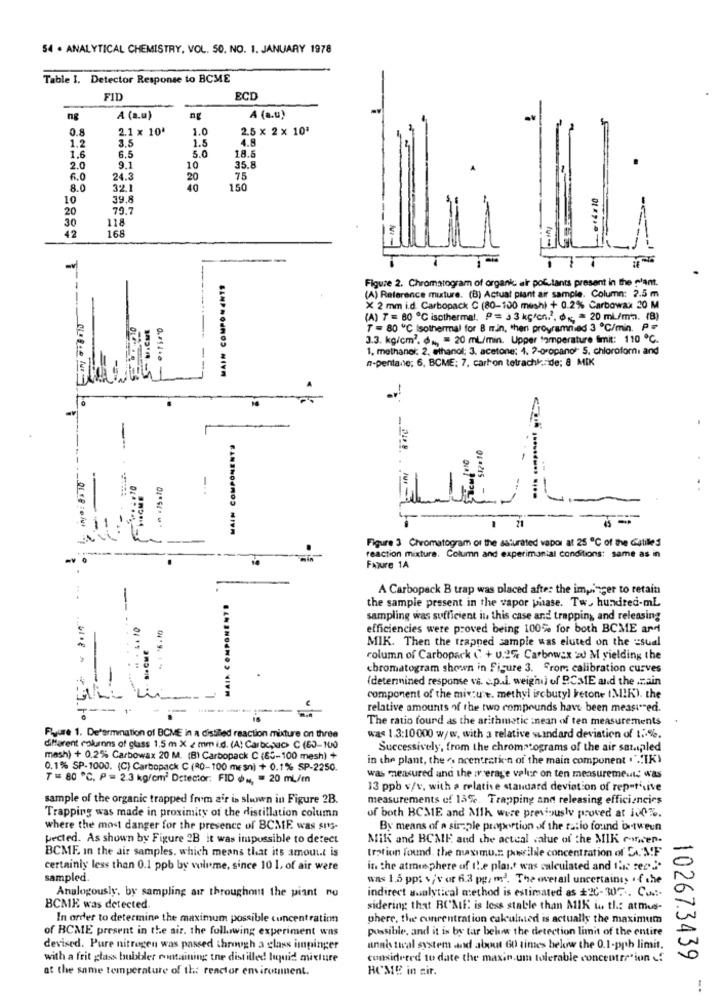
54 . ANALYTICAL CHEMISTRY, VOL. 50. NO. 1. JANUARY 1978
Table I. Detector Response to BCME
FID
ECD
ng
A (a.u)
A (a.u)
0.8
2.1 × 10'
1.0
2.5 x 2 x 10ª
1.2
3.5
1.5
4.8
1.6
5.0
6.5
18.5
2.0
9.1
10
35.8
6.0
24.3
20
75
8.0
32.1
40
150
10
39.8
20
79.7
30
118
42
168
MAIN COMPONENTS
Figure 2. Chromatogram of organic air pollutants present in the plant.
(A) Reference mixture. (B) Actual plant air sample. Column: 2.5 m
X 2 mm i.d. Carbopack C (80-100 mesh) + 0.2% Carbowax 20 M
(A) 7 = 80 ℃ isothermal. P = 3 3 kgfcn.), dx ;, = 20 ml/m'a. (B)
T = 80 ℃ Isothermal for 8 m.in, then programmed 3 ℃/min. P =
3.3. kg/cm2. du, = 20 ml./min. Upper temperature limit: 110 ℃.
1, methanol: 2, ethanol; 3. acetone: 4. 2-oropano" S. chioroforni and
n-pentane; 6, BCME; 7, carton tetrachk: de; 8 MIK
MAIN COMPONENTS
-
-
NI-
-
04 .215 -
21
Figure 3 Chromatogram of the asturated vapor at 25 ℃ of the Catilled
0
reaction mixture. Column and experimantal conditions: same as in
FATure 1A
A Carbopack B trap was placed after the impinger to retain
the sample present in the vapor phase. Tw. hundred-mL
-
sampling was sufficient in this case and trapping, and releasing
efficiencies were proved being 100% for both BCME ard
Die CME
MIK. Then the trapped sample was eluted on the sual
column of Carbopack ( + 0.2% Carbowax 20 M yielding the
chromatogram shown in Figure 3. From calibration curves
(determined response vs. c.p.l. weight of PCME and the .zain
component of the mix:une. methyl ircbutyl ketone (MIK). the
relative amounts of the two compounds have been measured.
The ratio fourd as the arithmetic inean of ten measurements
Pure 1. Determination of BCME in a distiled reaction mixture on three
was 1 3:10000 w/w, with a relative standard deviation of 10%.
different columns of glass 1.5 m X 2 mm i.d. (A) Carbc,aac> C (60-100
Successively, from the chromatograms of the air sampled
mash) + 0.2% Carbowax 20 M. (B) Carbopack C (60-100 mesh) +
in the plant, the . ncentrati'n of the main component ."IK)
0.1% SP-1000. (C) Carbopack C (RO-100 mesn) + 0.1% SP-2250.
7 = 80 ℃. P = 2.3 kg/cm) Detector: FID (b ., = 20 ml/mn
was measured and the m'erage voler on ten measurements was
13 ppb v/v, with a relative standard deviation of repetitive
sample of the organic trapped from air is shown in Figure 2B.
measurements of 13%. Trapping and releasing efficiencies
Trapping was made in proximity of the distillation column
of both BCME and Mih were previously proved at 100%.
where the most danger for the presence of BCME was sms-
By means of a simple proportion of the ratio found between
pected. As shown by Figure 2B it was impossible to detect
Mik and BCME and the actual value of the MIK rowwen.
BCME In the air samples, which means that it's amount is
tration found, the maximu.z. possibile concentration of LA."AF
certainly less than 0.1 ppb by volume, since 10 1, of air were
in the atmosphere of the plait was calculated and flis ser".
sampled.
was 1.5 ppt +''v or 6.3 pg/ ml. The overall uncertaines if the
indirect analytical method is estimated as +20-307 .. Co ...
Analogously, by sampling air throughout the piant no
BCME was detected.
sidering that BC'ME is less stable than MIK w th: atmus-
In order to determine the maximum possible concentration
phere, the concentration calculmed is actually the maximum
of BCME present in the air. the following experiment was
possible, and it is by far below the detection limit of the entire
devised. Pure nitrogen was passed through a glass impinger
anais tical system and about 60 times below the 0.1-pph limit.
with a frit glass bubbdler containing the distilled liquid mixture
considered to date the maxin.um tolerable concentration !
10267.3439
at the same temperature of the reactor environment.
HOME in air.
-.